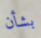
بشأن